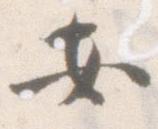
安